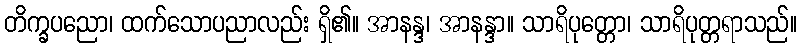
တိက္ခပညော၊ ထက်သောပညာလည်း ရှိ၏။ အာနန္ဒ၊ အာနန္ဒာ။ သာရိပုတ္တော၊ သာရိပုတ္တရာသည်။